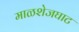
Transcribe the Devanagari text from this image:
माळशेजघाट